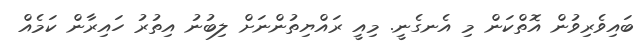
ބައިވެރިވުން އޮތްކަން މި އެނގެނީ. މިއީ ރައްޔިތުންނަށް ލިބުނު އިތުރު ހައިރާން ކަމެއް